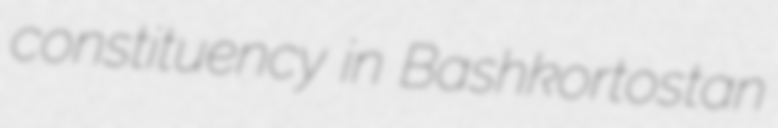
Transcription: constituency in Bashkortostan